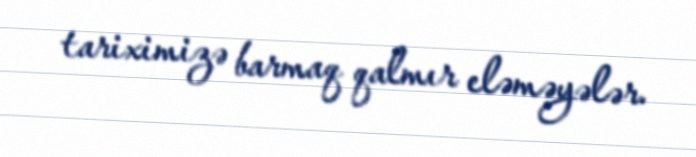
tariximizə barmaq qalmır eləməyələr.